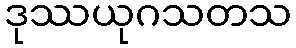
ဒုဿယုဂသတသ